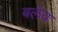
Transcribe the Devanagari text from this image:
बलेव